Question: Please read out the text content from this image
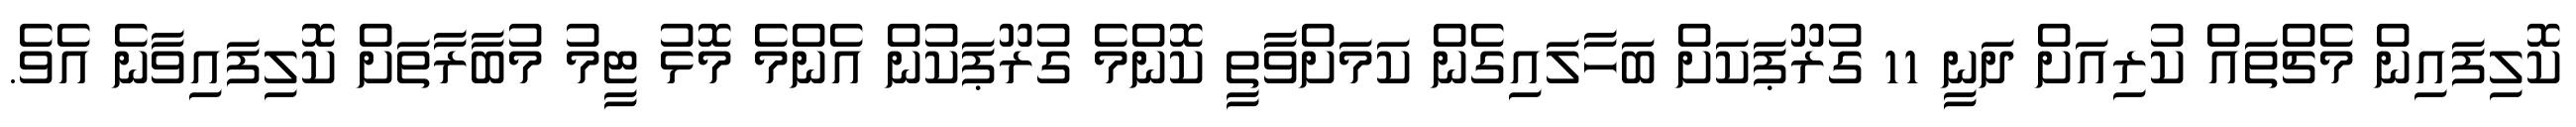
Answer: ކޮލިފައިން މެޗްތައް ކުރިއަށް ދަނީ 11 ގުރޫޕަކަށް ބަހާލައިގެން ކަމަށްވާތީ ކޮންމެ ގުރޫޕަކުން އެންމެ މޮޅު ޓީމު މުބާރާތަށް ކޮލިފައިވާނެ އެވެ.